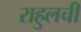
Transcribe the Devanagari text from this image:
राहुलची